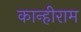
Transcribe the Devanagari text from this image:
कान्हीराम